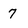
Character: 7